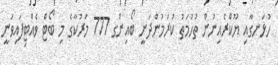
ހުޅަނގާއި ޔޫކްރެއިނުން ތުހުމަތު ކުރަމުންދަނީ ބޯއިންގ 777 މަރުކާގެ މި ބޯޓް ވެއްޓިފައިވަނީ